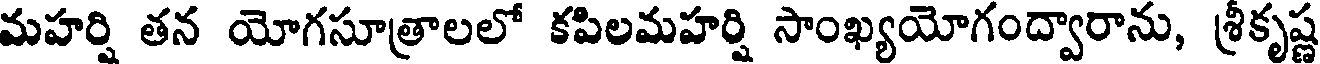
మహర్షి తన యోగసూత్రాలలో కపిలమహర్షి సాంఖ్యయోగంద్వారాను, శ్రీకృష్ణ